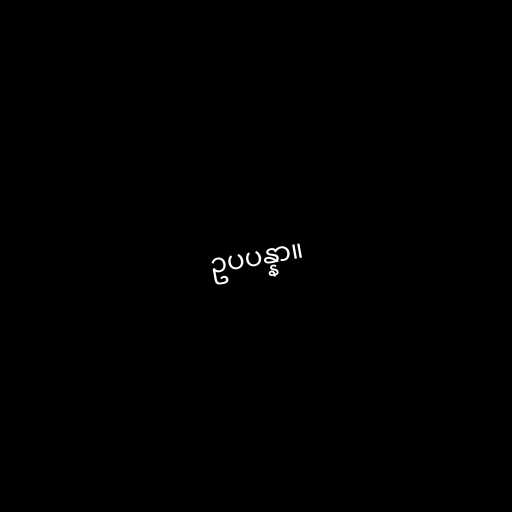
ဥပပန္နာ။